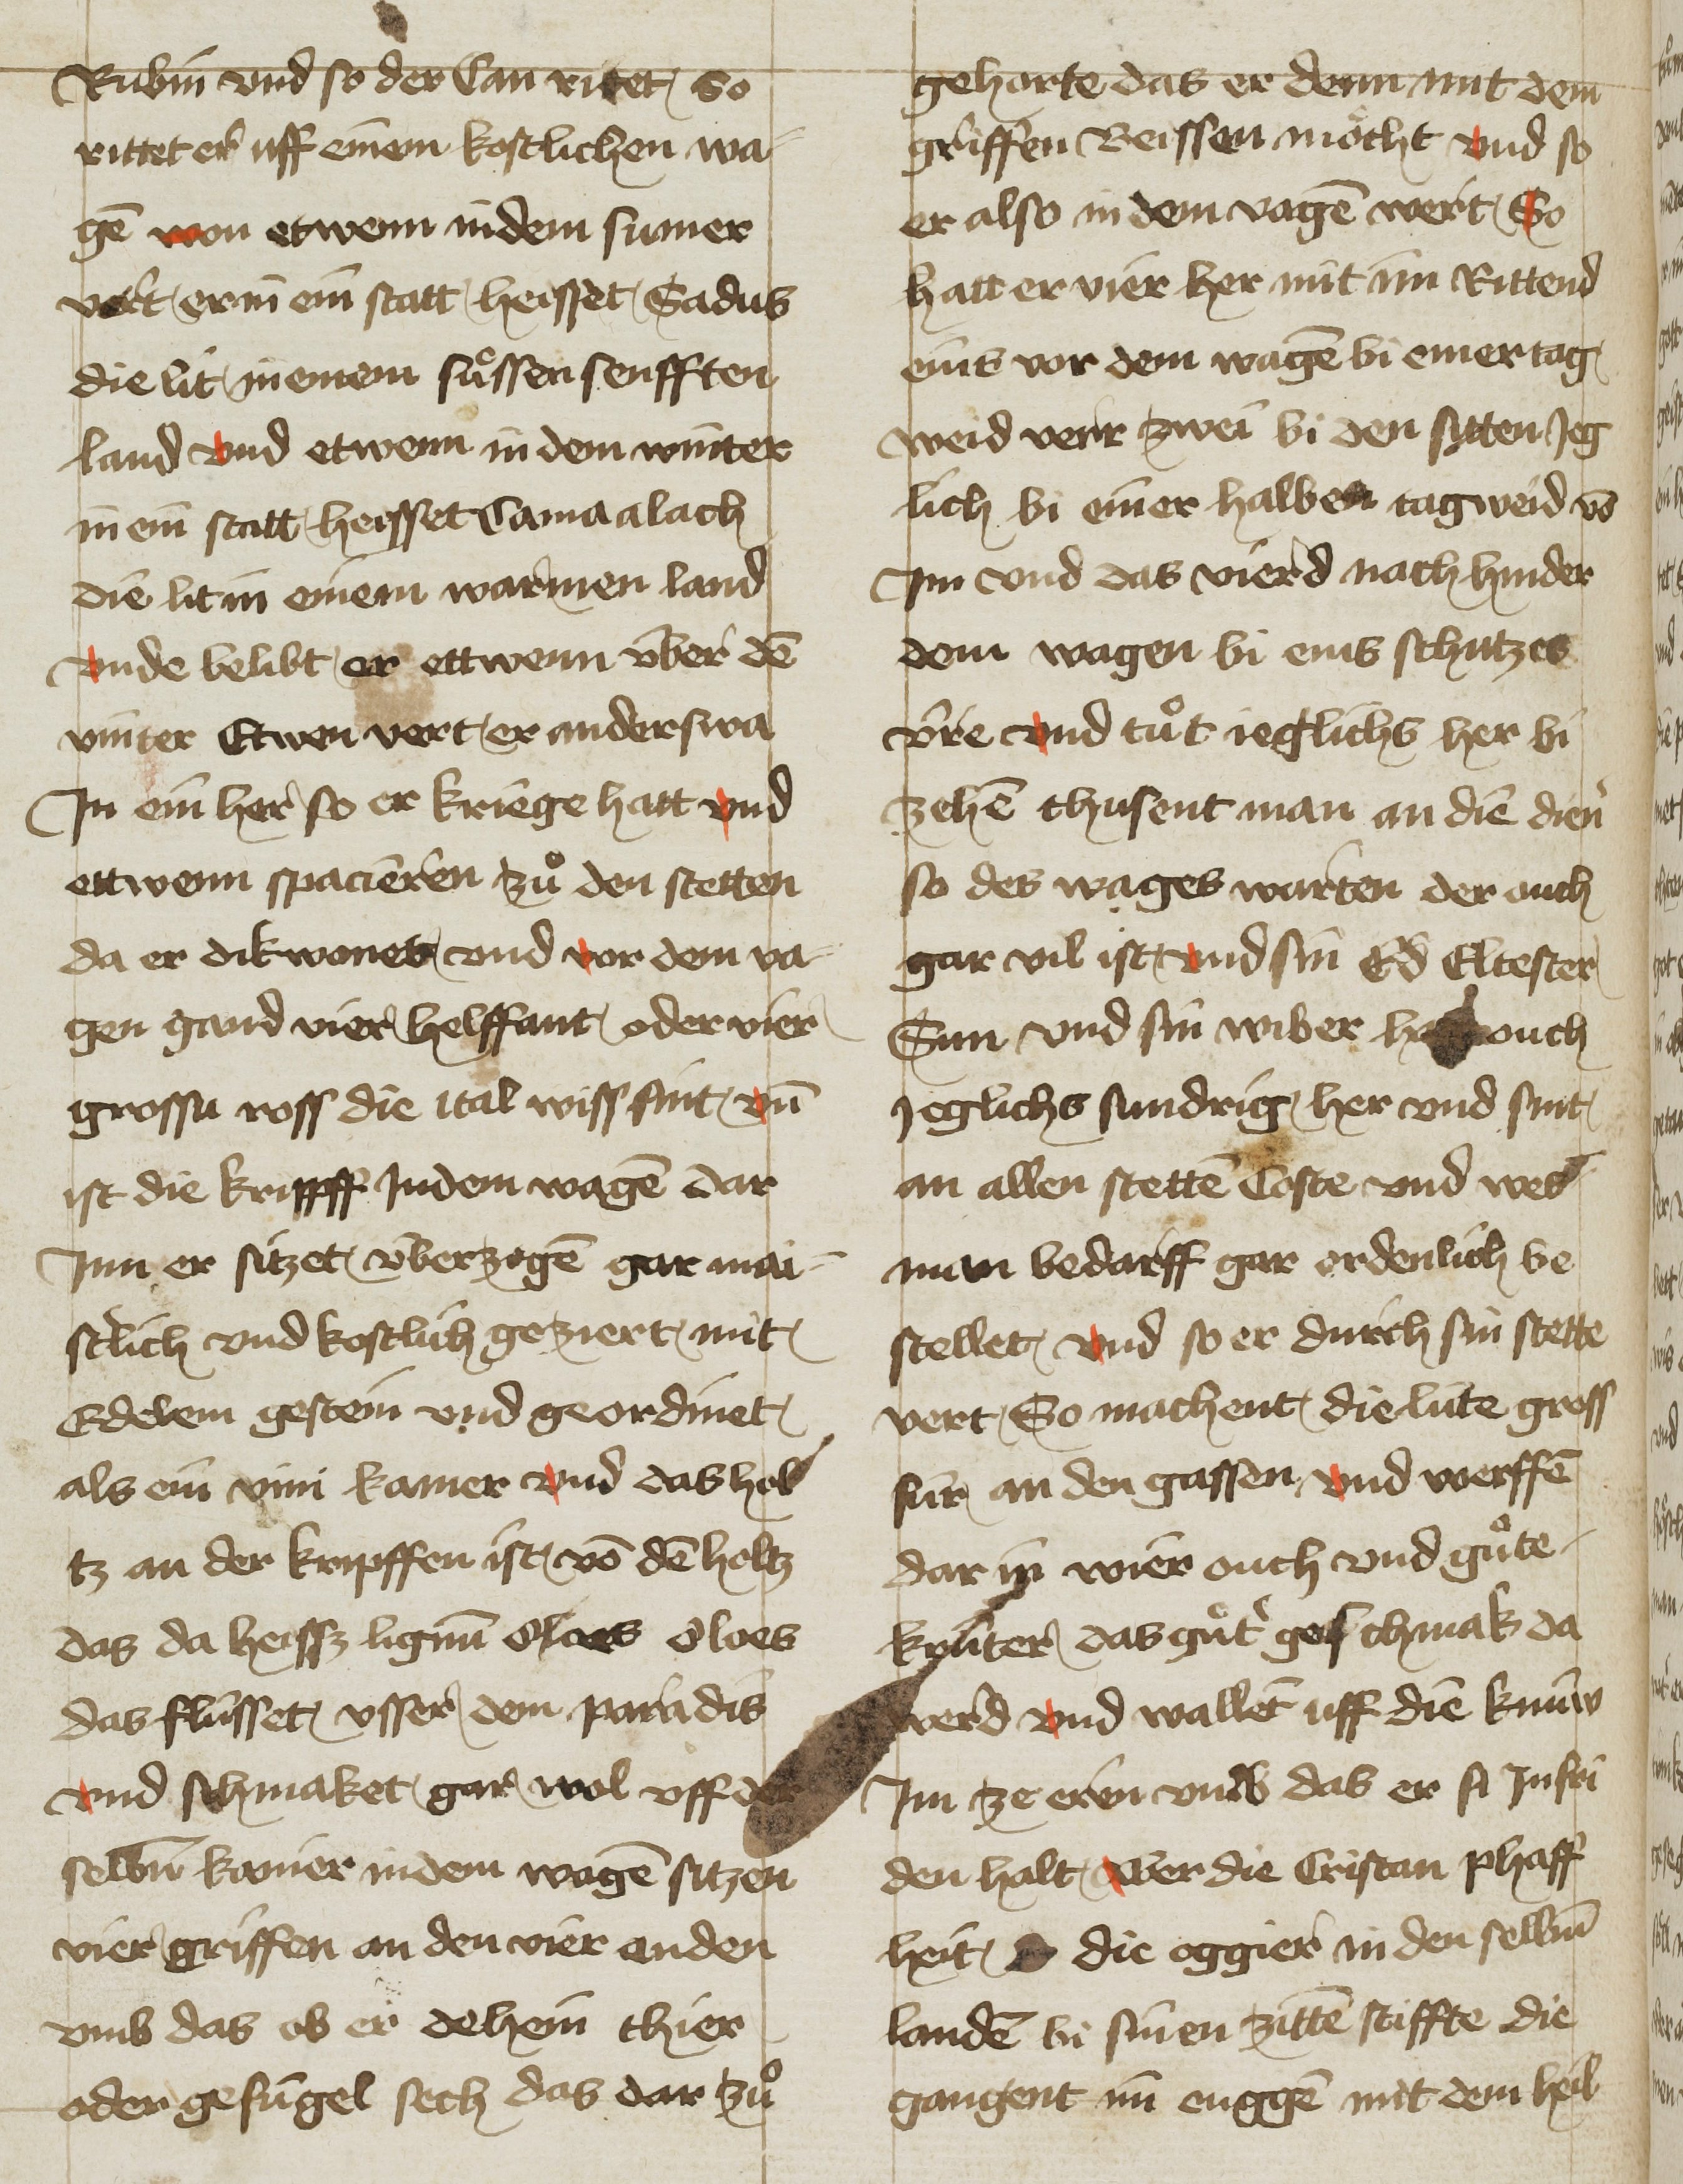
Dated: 1425–1449